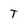
Character: T